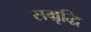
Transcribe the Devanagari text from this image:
सम्रृद्धि